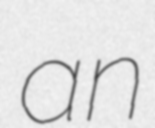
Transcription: an